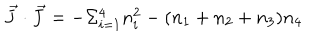
LaTeX: \vec { J } \cdot \vec { J } = - \Sigma _ { i = 1 } ^ { 4 } n _ { i } ^ { 2 } - ( n _ { 1 } + n _ { 2 } + n _ { 3 } ) n _ { 4 }